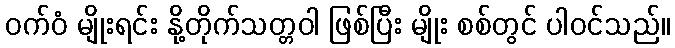
ဝက်ဝံ မျိုးရင်း နို့တိုက်သတ္တဝါ ဖြစ်ပြီး မျိုး စစ်တွင် ပါဝင်သည်။